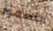
ابتسموا